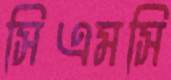
সিএমসি